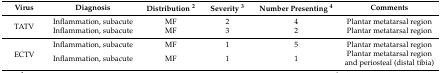
| Virus | Diagnosis | Distribution 2 | Severity 3 | Number Presenting 4 | Comments |
 | --- | --- | --- | --- | --- | --- |
 | <ROWSPAN=2> TATV | Inflammation, subacute | MF | 2 | 4 | Plantar metatarsal region |
 | Inflammation, subacute | MF | 3 | 2 | Plantar metatarsal region |
 | <ROWSPAN=2> ECTV | Inflammation, subacute | MF | 1 | 5 | Plantar metatarsal region |
 | Inflammation, subacute | MF | 1 | 1 | Plantar metatarsal region and periosteal (distal tibia) |